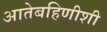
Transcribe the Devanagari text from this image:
आतेबहिणीशी